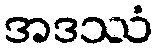
အဒဿံ